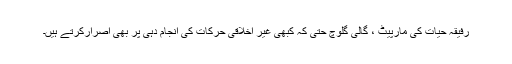
رفیقہ حیات کی مارپیٹ ، گالی گلوچ حتیٰ کہ کبھی غیر اخلاقی حرکات کی انجام دہی پر بھی اصرارکرتے ہیں۔